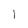
Character: I